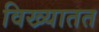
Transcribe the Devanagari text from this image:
विख्यातत